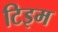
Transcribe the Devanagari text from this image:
टिइम